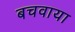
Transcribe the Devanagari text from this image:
बचवाया